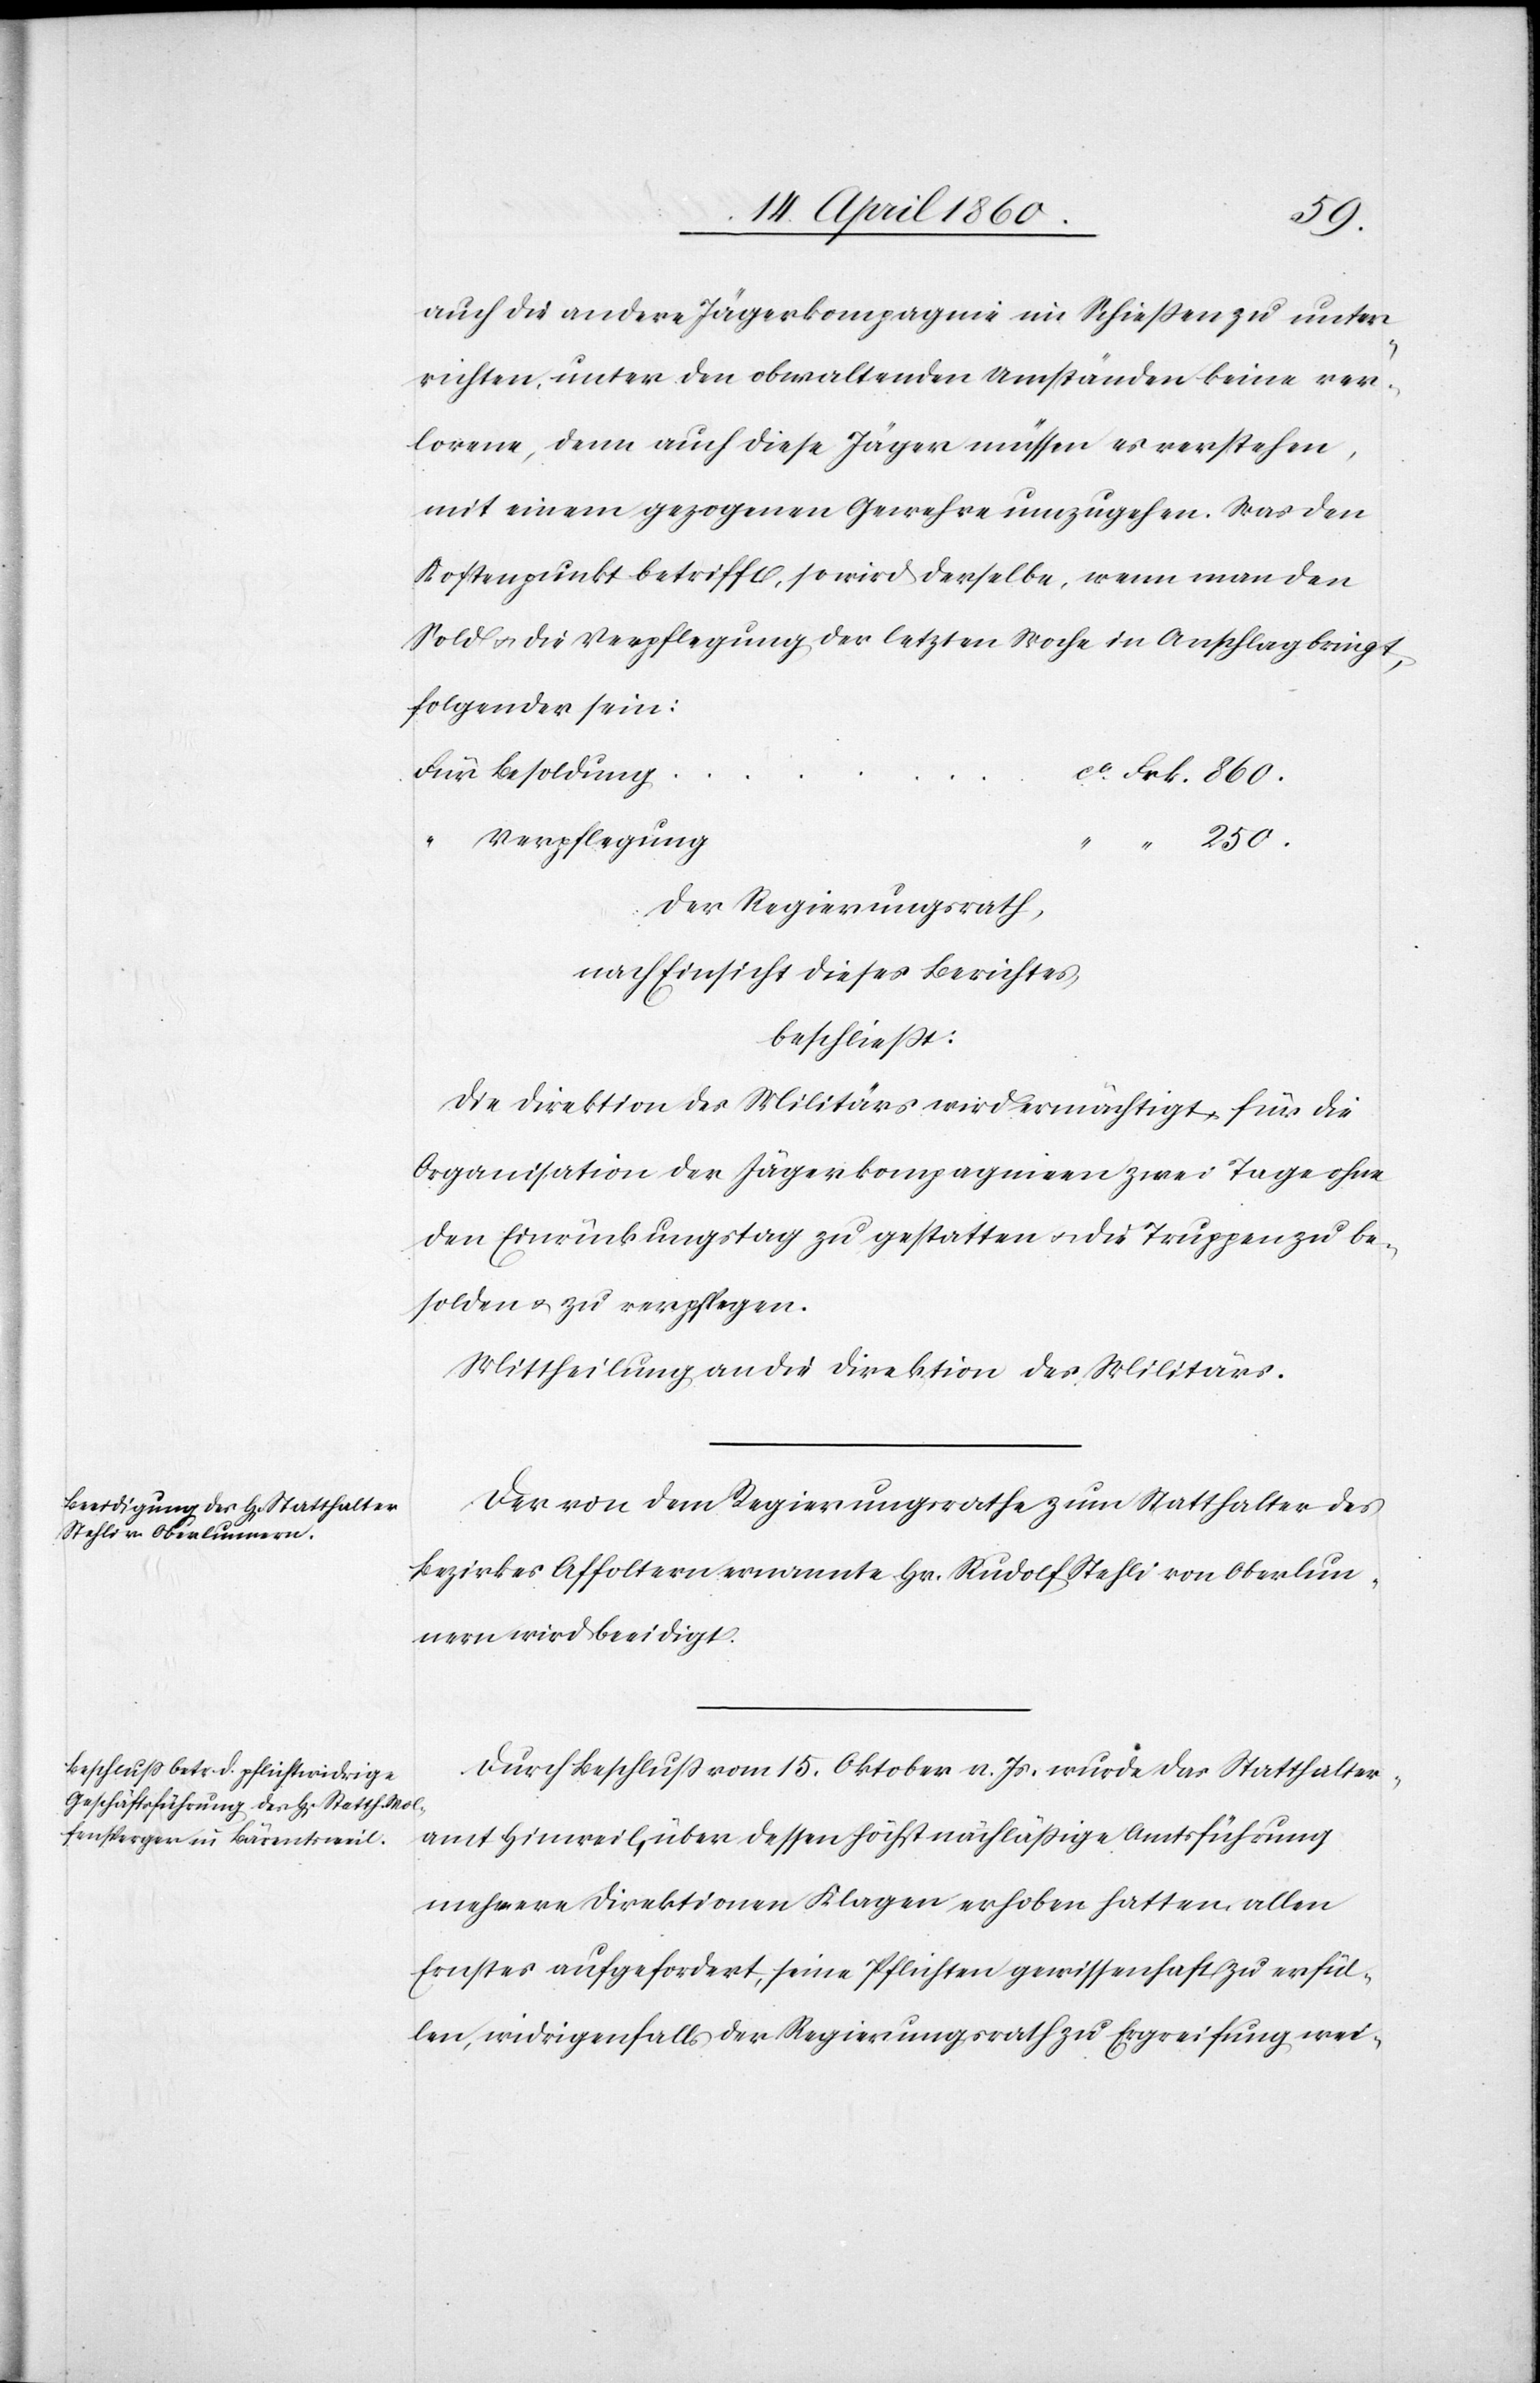
250.
auch die andere Jägerkompagnie im Schießen zu unter¬
richten, unter den obwaltenden Umständen keine ver¬
lorene, denn auch diese Jäger müssen es verstehen,
mit einem gezogenen Gewehre umzugehen. Was den
Kostenpunkt betrifft, so wird derselbe, wenn man den
Sold u. die Verpflegung der letzten Woche in Anschlag bringt,
folgender sein:
Für Besoldung	c¬
a Frk. 860.
Verpflegung
Der Regierungsrath,
nach Einsicht dieses Berichtes,
beschliesst:
Die Direktion des Militärs wird ermächtigt, für die
Organisation der Jägerkompagnien zwei Tage ohne
den Einrückungstag zu gestatten u. die Truppen zu be¬
solden u. zu verpflegen.
Mittheilung an die Direktion des Militärs.
Der von dem Regierungsrathe zum Statthalter des
Bezirkes Affoltern ernannte Hr. Rudolf Stehli von Oberlun¬
nern wird beeidigt.
Durch Beschluss vom 15. Oktober v. Js. wurde das Statthalter¬
amt Hinweil über dessen höchst nachlässige Amtsführung
mehrere Direktionen Klagen erhoben hatten, allen
Ernstes aufgefordert, seine Pflichten gewissenhaft zu erfül¬
len, widrigenfalls der Regierungsrath zu Ergreifung wei-